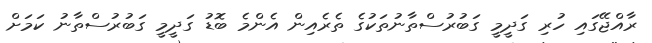
ރާއްޖޭގައި ހުރި ގަދީމީ ގަބުރުސްތާނުތަކުގެ ތެރެއިން އެންމެ ބޮޑު ގަދީމީ ގަބުރުސްތާނު ކަމަށް